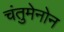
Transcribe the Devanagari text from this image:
चंतुमेनोन